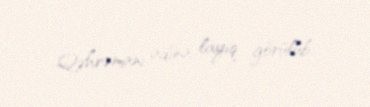
Qəhrəmanı adına layiq görülüb..